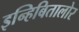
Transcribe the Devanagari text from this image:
इन्हिबितालोर